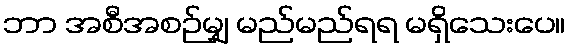
ဘာ အစီအစဉ်မျှ မည်မည်ရရ မရှိသေးပေ။